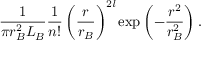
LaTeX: { \frac { 1 } { \pi r _ { B } ^ { 2 } L _ { B } } } { \frac { 1 } { n ! } } \left( { \frac { r } { r _ { B } } } \right) ^ { 2 { \mathit { l } } } \exp \left( - { \frac { r ^ { 2 } } { r _ { B } ^ { 2 } } } \right) .